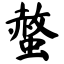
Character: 螫